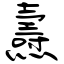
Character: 燾